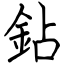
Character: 鉆